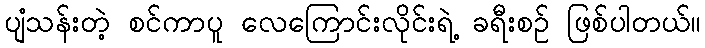
ပျံသန်းတဲ့ စင်ကာပူ လေကြောင်းလိုင်းရဲ့ ခရီးစဉ် ဖြစ်ပါတယ်။